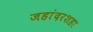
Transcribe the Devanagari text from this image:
जहांदरशहा